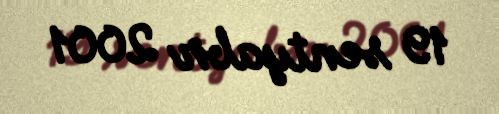
19 sentyabr 2001